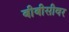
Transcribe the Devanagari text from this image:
बीबीसीवर